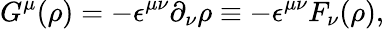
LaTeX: G^{\mu}(\rho)=-{\epsilon}^{{\mu}{\nu}}{\partial}_{\nu}{\rho}\equiv-{\epsilon}^{{\mu}{\nu}}F_{\nu}({\rho}),